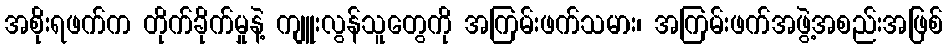
အစိုးရဖက်က တိုက်ခိုက်မှုနဲ့ ကျူးလွန်သူတွေကို အကြမ်းဖက်သမား၊ အကြမ်းဖက်အဖွဲ့အစည်းအဖြစ်